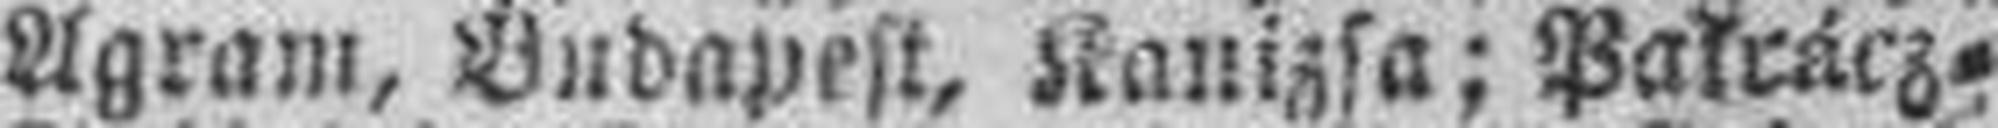
Agram, Budapest, Kanizsa; Pakrácz=